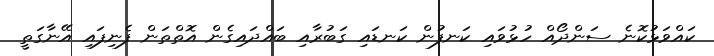
ކައްވަޅުކޮނެ ސަންދޯއް ހުޅުވައި ކަނފުން ކަނޑައި ގަބުރާއި ބައްދައިގެން އޮތްތަން ފެނިފައި އޭނާގަތީ